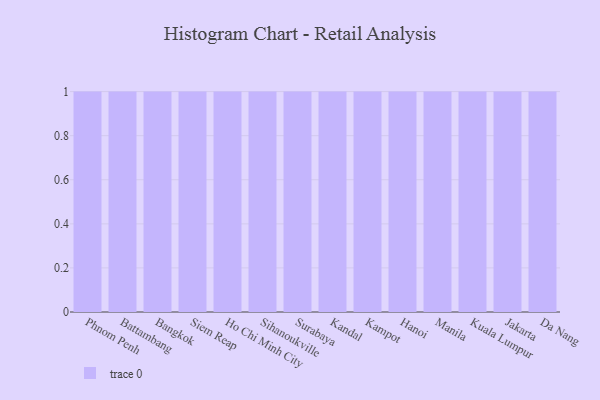
{"axis": {"x": "City", "y": "Temperature (°C)"}, "legend": [""], "data": [{"x": "Phnom Penh", "y": 100, "type": ""}, {"x": "Battambang", "y": 21, "type": ""}, {"x": "Bangkok", "y": 44, "type": ""}, {"x": "Siem Reap", "y": 1, "type": ""}, {"x": "Ho Chi Minh City", "y": 32, "type": ""}, {"x": "Sihanoukville", "y": 80, "type": ""}, {"x": "Surabaya", "y": 82, "type": ""}, {"x": "Kandal", "y": 4, "type": ""}, {"x": "Kampot", "y": 3, "type": ""}, {"x": "Hanoi", "y": 92, "type": ""}, {"x": "Manila", "y": 94, "type": ""}, {"x": "Kuala Lumpur", "y": 37, "type": ""}, {"x": "Jakarta", "y": 35, "type": ""}, {"x": "Da Nang", "y": 22, "type": ""}]}